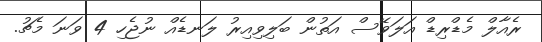
ރެއާލް މެޑްރިޑް އަލަވޭސް އަތުން ބަލިވިއިރު ލަނޑެއް ނުޖެހި 4 ވަނަ މެޗު.